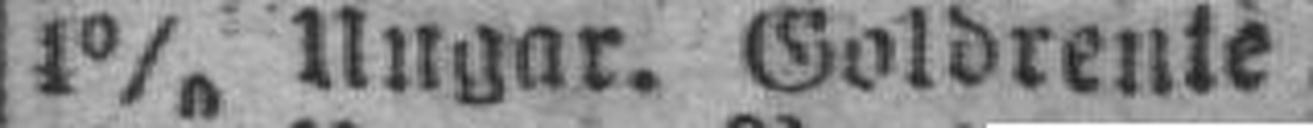
4% Ungar. Goldrente